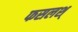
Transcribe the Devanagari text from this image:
फसलश्